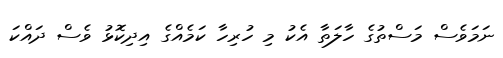
ނަމަވެސް މަސްތުގެ ހާލަތާ އެކު މި ހުރިހާ ކަމެއްގެ އިދިކޮޅު ވެސް ދައްކަ